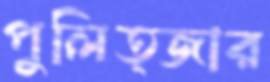
পুলিত্জার